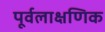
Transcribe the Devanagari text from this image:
पूर्वलाक्षणिक